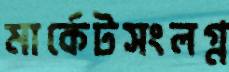
মার্কেটসংলগ্ন